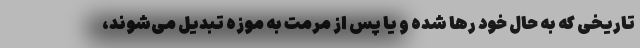
تاریخی که به حال خود رها شده و یا پس از مرمت به موزه تبدیل می‌شوند،